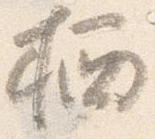
栖